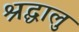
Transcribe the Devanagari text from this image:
श्रद्घालु